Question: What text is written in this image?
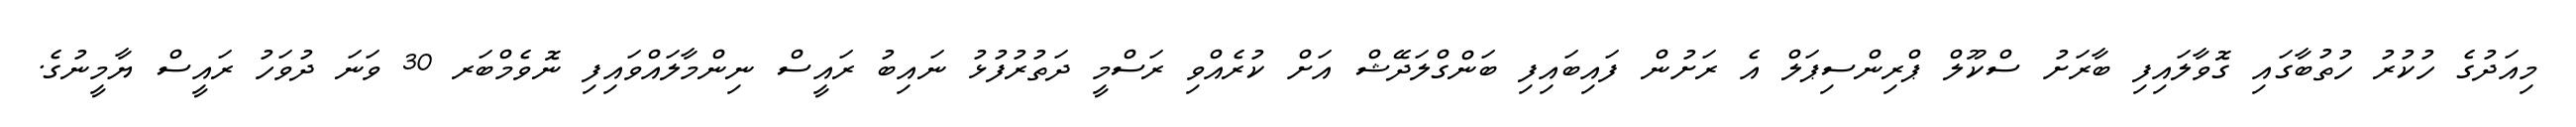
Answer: މިއަދުގެ ހުކުރު ހުތުބާގައި ގޮވާލައިފި ބާރަށު ސްކޫލް ޕްރިންސިޕަލް އެ ރަށުން ފައިބައިފި ބަންގްލަދޭޝް އަށް ކުރެއްވި ރަސްމީ ދަތުރުފުޅު ނައިބު ރައީސް ނިންމާލައްވައިފި ނޮވެމްބަރ 30 ވަނަ ދުވަހު ރައީސް ޔާމީނުގެ.